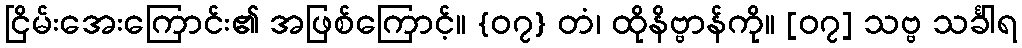
ငြိမ်းအေးကြောင်း၏ အဖြစ်ကြောင့်။ {၀၇} တံ၊ ထိုနိဗ္ဗာန်ကို။ [၀၇] သဗ္ဗ သင်္ခါရ